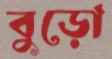
বুড়ো